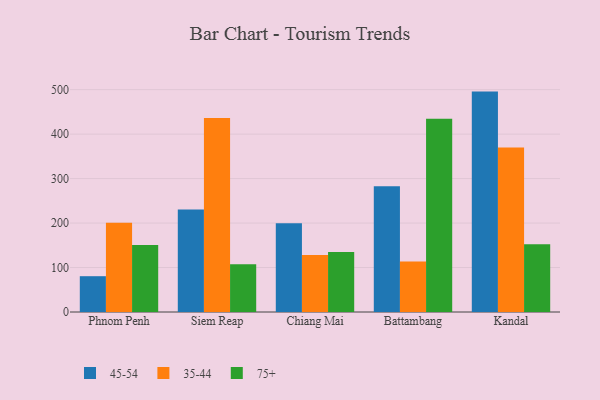
{"axis": {"x": "City", "y": "LTV (USD)"}, "legend": ["35-44", "45-54", "75+"], "data": [{"x": "Phnom Penh", "y": 80.5, "type": "45-54"}, {"x": "Phnom Penh", "y": 200.9, "type": "35-44"}, {"x": "Phnom Penh", "y": 150.4, "type": "75+"}, {"x": "Siem Reap", "y": 230.5, "type": "45-54"}, {"x": "Siem Reap", "y": 436.2, "type": "35-44"}, {"x": "Siem Reap", "y": 107.2, "type": "75+"}, {"x": "Chiang Mai", "y": 199.4, "type": "45-54"}, {"x": "Chiang Mai", "y": 128.2, "type": "35-44"}, {"x": "Chiang Mai", "y": 135.1, "type": "75+"}, {"x": "Battambang", "y": 282.9, "type": "45-54"}, {"x": "Battambang", "y": 113.3, "type": "35-44"}, {"x": "Battambang", "y": 434.6, "type": "75+"}, {"x": "Kandal", "y": 495.6, "type": "45-54"}, {"x": "Kandal", "y": 369.9, "type": "35-44"}, {"x": "Kandal", "y": 152.4, "type": "75+"}]}